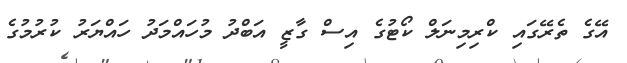
އޭގެ ތެރޭގައި ކްރިމިނަލް ކޯޓުގެ އިސް ގާޒީ އަބްދު މުހައްމަދު ހައްޔަރު ކުރުމުގެ